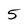
Character: 5